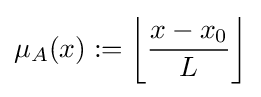
\mu _{A}(x):=\left\lfloor {x-x_{0} \over L}\right\rfloor